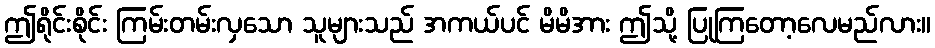
ဤရိုင်းစိုင်း ကြမ်းတမ်းလှသော သူများသည် အကယ်ပင် မိမိအား ဤသို့ ပြုကြတော့လေမည်လား။